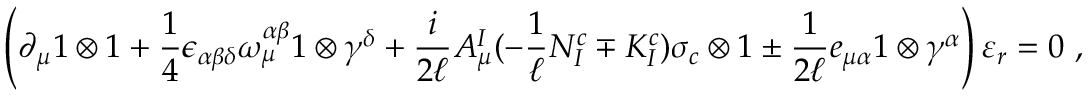
\left( \partial _ { \mu } 1 \otimes 1 + \frac { 1 } { 4 } \epsilon _ { \alpha \beta \delta } \omega _ { \mu } ^ { \alpha \beta } 1 \otimes \gamma ^ { \delta } + \frac { i } { 2 \ell } A _ { \mu } ^ { I } ( - \frac { 1 } { \ell } N _ { I } ^ { c } \mp K _ { I } ^ { c } ) \sigma _ { c } \otimes 1 \pm \frac { 1 } { 2 \ell } e _ { \mu \alpha } 1 \otimes \gamma ^ { \alpha } \right) \varepsilon _ { r } = 0 \ ,